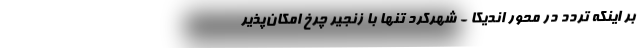
بر اینکه تردد در محور اندیکا - شهرکرد تنها با زنجیر چرخ امکان‌پذیر